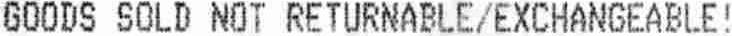
GOODS SOLD NOT RETURNABLE/EXCHANGEABLE!